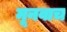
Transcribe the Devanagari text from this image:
मूनवाच